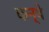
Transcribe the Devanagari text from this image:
कन्घे